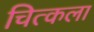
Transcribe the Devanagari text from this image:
चित्कला